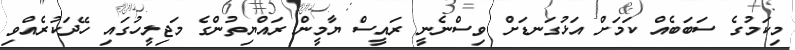
މިކަމުގެ ސަބަބެއް ކަމަށް އަޅުގަނޑަށް ވިސްނެނީ ރައީސް ޔާމީން ރައްޔިތުންގެ މަޖިލީހުގައި ހޭދަކުރެއްވި